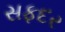
સફદર